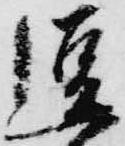
逗